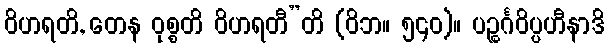
ဝိဟရတိ, တေန ဝုစ္စတိ ဝိဟရတီ”တိ (ဝိဘ။ ၅၄၀)။ ပဉ္စင်္ဂဝိပ္ပဟီနာဒိ